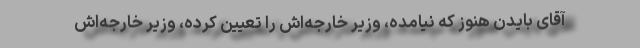
آقای بایدن هنوز که نیامده، وزیر خارجه‌اش را تعیین کرده، وزیر خارجه‌اش